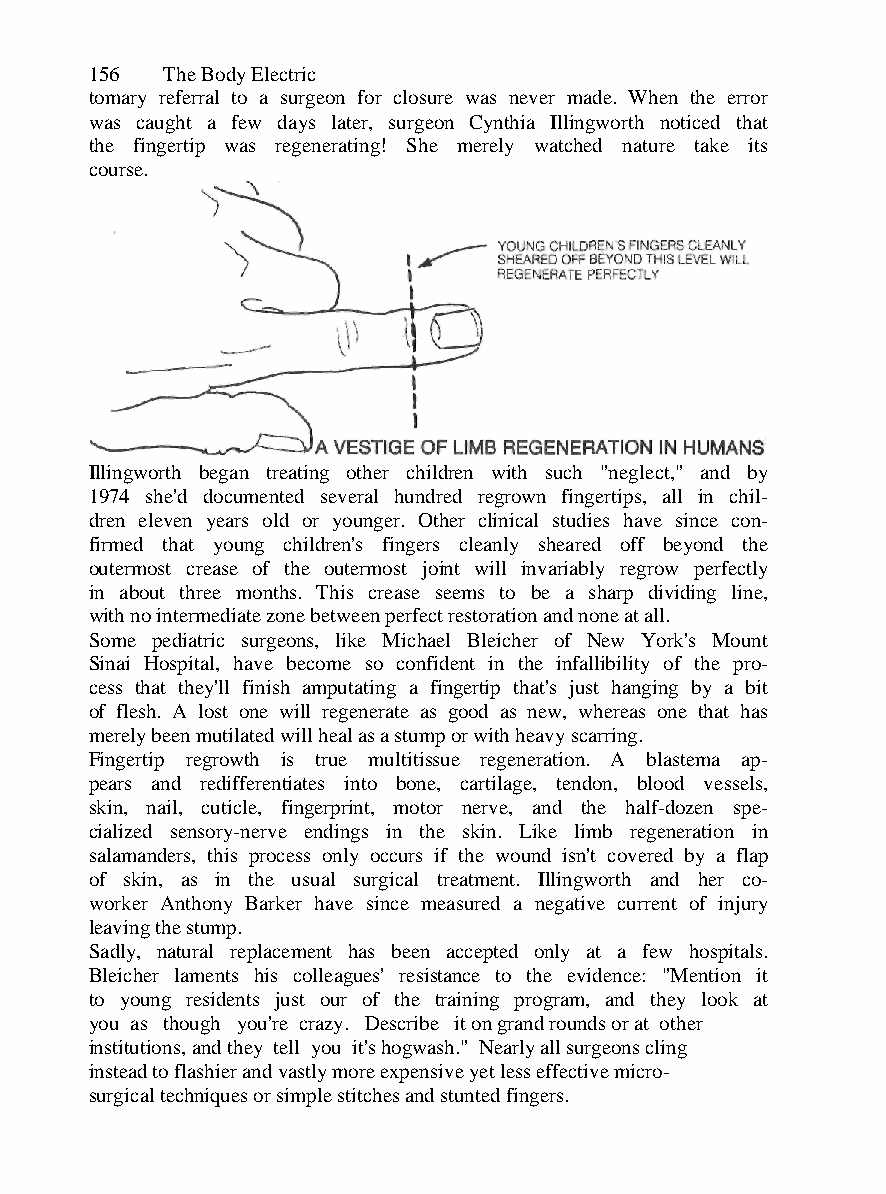
156  The Body Electric
 tomary referral to a surgeon for closure was never made. When the error
 was caught a few days later, surgeon Cynthia Illingworth noticed that
 the fingertip was regenerating! She merely watched nature take its
 course.
 Illingworth began treating other children with such "neglect," and by
 1974 she'd documented several hundred regrown fingertips, all in chil-
 dren eleven years old or younger. Other clinical studies have since con-
 firmed that young children's fingers cleanly sheared off beyond the
 outermost crease of the outermost joint will invariably regrow perfectly
 in about three months. This crease seems to be a sharp dividing line,
 with no intermediate zone between perfect restoration and none at all.
 Some pediatric surgeons, like Michael Bleicher of New York's Mount
 Sinai Hospital, have become so confident in the infallibility of the pro-
 cess that they'll finish amputating a fingertip that's just hanging by a bit
 of flesh. A lost one will regenerate as good as new, whereas one that has
 merely been mutilated will heal as a stump or with heavy scarring.
 Fingertip regrowth is true multitissue regeneration. A blastema ap-
 pears and redifferentiates into bone, cartilage, tendon, blood vessels,
 skin, nail, cuticle, fingerprint, motor nerve, and the half-dozen spe-
 cialized sensory-nerve endings in the skin. Like limb regeneration in
 salamanders, this process only occurs if the wound isn't covered by a flap
 of skin, as in the usual surgical treatment. Illingworth and her co-
 worker Anthony Barker have since measured a negative current of injury
 leaving the stump.
 Sadly, natural replacement has been accepted only at a few hospitals.
 Bleicher laments his colleagues' resistance to the evidence: "Mention it
 to young residents just our of the training program, and they look at
 you as though you're crazy. Describe it on grand rounds or at other
 institutions, and they tell you it's hogwash." Nearly all surgeons cling
 instead to flashier and vastly more expensive yet less effective micro-
 surgical techniques or simple stitches and stunted fingers.